Civil Veterinary Department. Madras. Admin. report 1910-25 - 1910-1925
Year: 1910
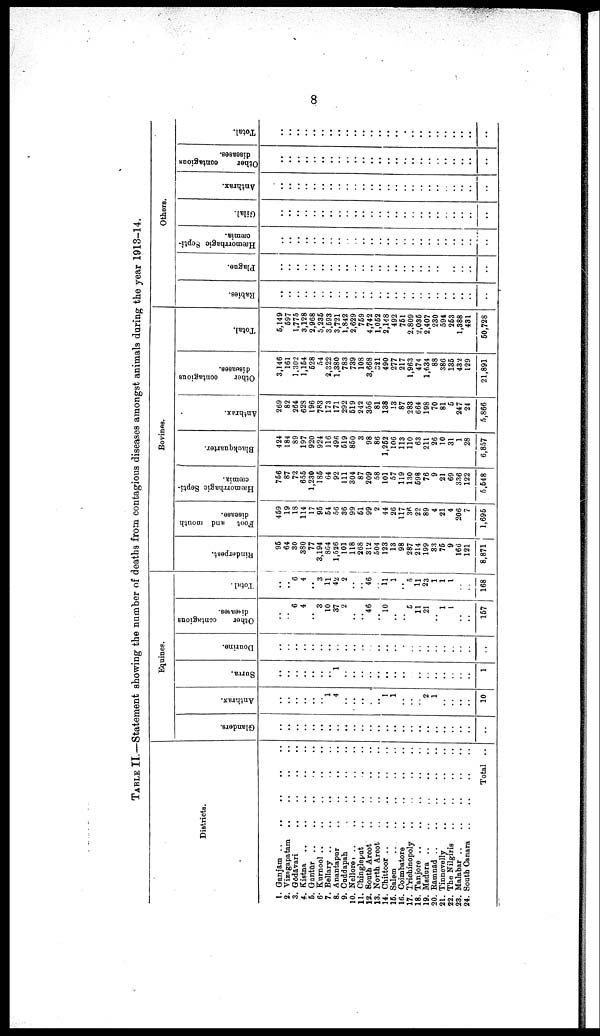
8
TABLE II.—Statement showing the number of deaths from contagious diseases amongst animals during the year 1913-14.
Districts.
1. Ganjam ..
..
..
.. ..
2. Vizagapatam .. .. .. ..
3. Gōdōvari
..
..
..
..
4. Kistna .. .. .. .. ..
5. Guntūr
..
..
..
..
..
6. Kurnool .. .. .. .. .. ..
7. Bellary
..
..
..
..
..
8. Anantapur .. .. .. ..
9. Cuddapah .. .. .. ..
10.
Nellorer
..
..
..
..
..
11. Chingleput .. .. .. ..
12. South Arcot
..
..
..
..
13. Notth
Arcot
..
..
..
..
14. Chittoor
..
..
..
..
15. Salem .. .. .. .. ..
16. Coimbatore .. .. .. ..
17. Trichinopoly .. .. .. ..
18. Tanjore .. .. .. .. ..
19. Madura
..
..
..
..
..
..
20. Rāmnād
..
..
..
..
..
21. Tinnevelly
..
..
..
..
22. The NiIgiris
..
..
..
..
23. Malabar .. .. .. .. ..
24. South Canara .. .. .. ..
Total ..
Equines.
Glanders.
..
..
..
..
..
..
..
..
..
..
..
..
..
..
..
..
..
..
...
..
..
..
..
..
..
Anthrax.
..
..
..
..
..
..
1
4
..
..
..
..
..
1
1
..
..
..
2
1
..
..
..
..
10
Surra.
..
...
..
..
..
..
..
1
..
..
..
..
..
..
..
..
..
..
..
..
..
..
..
..
1
Dourine.
..
..
..
..
..
..
..
..
..
..
..
..
..
..
..
..
..
..
..
..
..
..
..
..
..
Other
contagions
diseases.
..
..
6
4
..
3
10
37
2
..
..
46
..
10
..
..
5
11
21
..
1
1
..
..
157
Total.
..
..
6
4
..
3
11
42
2
..
..
46
..
11 1
..
5
11
23
1
1
1
..
..
168
Bovines.
Rinderpest.
95
64
30
380
77
3,194
864
1,526
101
118
268
312
504
123
13
98
287
214
199
33
75
9
166
121
8,871
Foot and mouth
disease.
459
19
18
114
17
95
54
56
36
99
51
99
2
44
26
117
36
22
89
4
21
4
206
7
1,695
Hæmorrhagic Septi
cæmia.
756
87
72
655
1,230
185
64
92
111
304
87
209
58
101
57
119
130
598
76
9
21
69
336
122
5,548
Blackquarter.
424
184
89
197
920
924
116
496
519
850
3
98
86
1,252
106
113
110
63
211
26
10
31
1
28
6,857
Anthrax.
269
82
264
628
196
783
173
171
292
519
242
356
81
138
13
87
283
664
198
70
81
5
247
24
5,866
Other
contagious
diseases.
3,146
161
1,302
1,154
528
54
2,322
1,380
783
739
108
3,668
321
490
277
217
1,963
474
1,634
88
386
135
432
129
21,891
Total.
5,149
597
1,775
3,128
2,968
5,235
3,593
3,721
1,842
2,629
759
4,742
1,052
2,148
492
751
2,809
2,035
2,407
230
594
253
1,388
431
50,728
Others.
Rabies.
..
..
..
..
..
..
..
..
..
..
..
..
..
..
..
..
..
..
..
..
..
..
..
..
..
Plague.
..
..
..
..
..
..
..
..
..
..
..
..
..
..
..
..
..
..
..
..
..
..
..
..
..
Hæmorrhagic Septi
cæmia.
..
..
..
..
..
..
..
..
..
..
..
..
..
..
..
..
..
..
..
..
..
..
..
..
..
Gilal.
..
..
..
..
..
..
.
..
..
..
..
..
..
..
..
..
..
..
..
..
..
..
..
..
..
Anthrax.
..
..
..
..
..
..
..
..
..
..
..
..
..
..
..
..
..
..
..
..
..
..
..
..
..
Other
contagious
diseases.
..
..
..
..
..
..
..
..
..
..
..
..
..
..
..
..
..
..
..
..
..
..
..
..
..
Total.
..
..
..
..
..
..
..
..
..
..
..
..
..
..
..
..
..
..
..
..
..
..
..
..
..